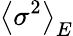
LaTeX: \left\langle\sigma^{2}\right\rangle_{E}